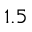
1 . 5